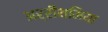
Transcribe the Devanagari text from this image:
अर्रीथमिया